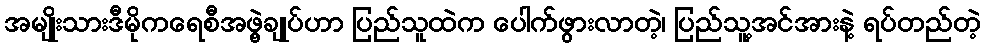
အမျိုးသားဒီမိုကရေစီအဖွဲ့ချုပ်ဟာ ပြည်သူထဲက ပေါက်ဖွားလာတဲ့၊ ပြည်သူ့အင်အားနဲ့ ရပ်တည်တဲ့